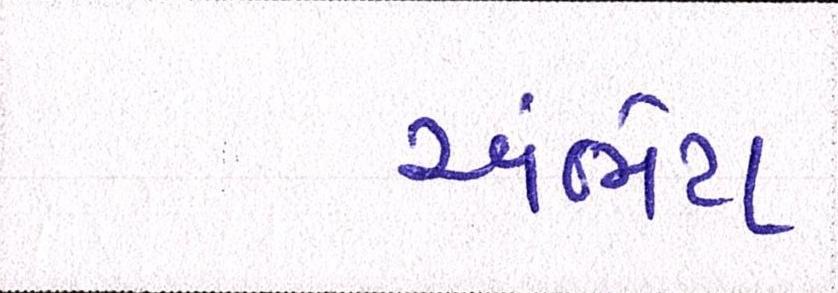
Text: અંભેટા